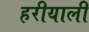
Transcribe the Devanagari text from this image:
हरीयाली